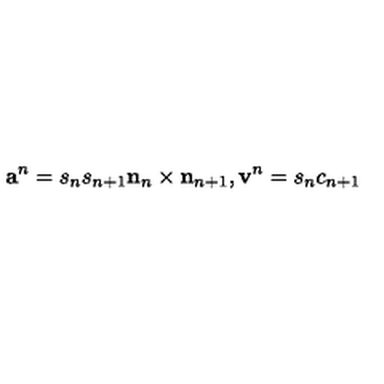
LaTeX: { \bf a } ^ { n } = s _ { n } s _ { n + 1 } { \bf n } _ { n } \times { \bf n } _ { n + 1 } , { \bf v } ^ { n } = s _ { n } c _ { n + 1 }